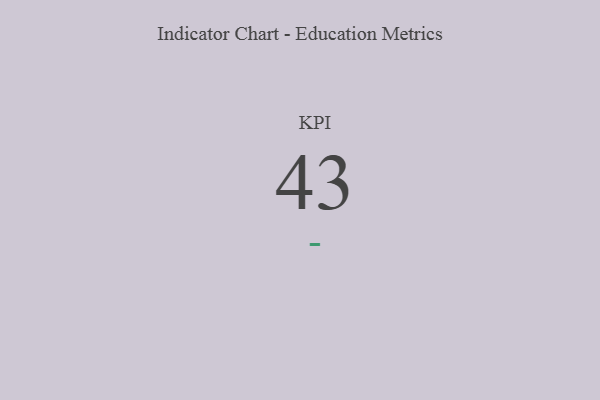
{"axis": {"x": "KPI", "y": "Value"}, "legend": [""], "data": [{"x": "KPI", "y": 43, "type": ""}]}